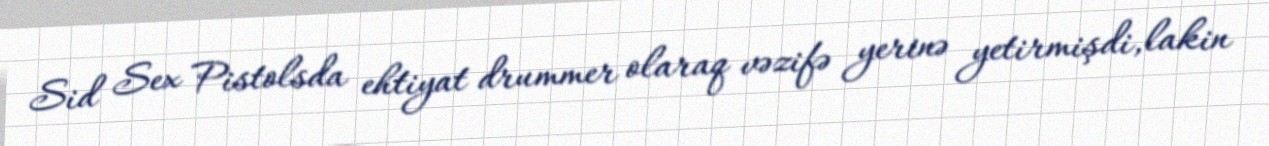
Sid Sex Pistolsda ehtiyat drummer olaraq vəzifə yerinə yetirmişdi,lakin